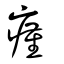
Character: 瘽